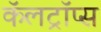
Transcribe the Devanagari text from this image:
कॅलट्रॉप्स